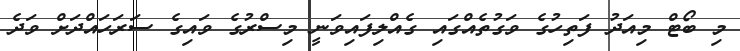
މި ބޯޓް މިއަދު ފަތިހުގެ ވަގުތެއްގައި ގެއްލިފައިވަނީ މިސްރުގެ ވައިގެ ސަރަހައްދަށް ވަދެ